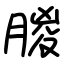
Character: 朡